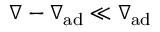
\nabla - \nabla _ { \mathrm { a d } } \ll \nabla _ { \mathrm { a d } }